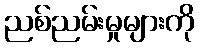
ညစ်ညမ်းမှုများကို